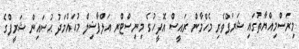
މިރަސްމިއްޔާތުގައި ޝަރަފްވެރި މެހްމާން ރައީސް އޮފީހުގެ މިނިސްޓްރ އަލްފާޟިލް މުޙައްމަދު ޙުސައިން ޝަރީފްގެ